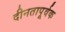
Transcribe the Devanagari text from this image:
दीनतापूर्वक